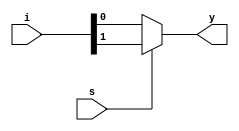
module mux2x1(i,s,y);

input [1:0]i;
input s;
output reg y;
always @(i,s)
begin
  if(s==0)
  y=i[0];
  else
  y=i[1];
end
endmodule